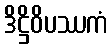
ဒိဋ္ဌိဝိပဿကံ